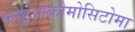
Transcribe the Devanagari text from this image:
फोइओक्रोमोसिटोमा